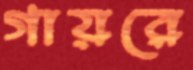
গায়রে